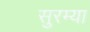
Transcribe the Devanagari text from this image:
सुरम्या